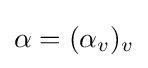
\alpha =(\alpha _{v})_{v}